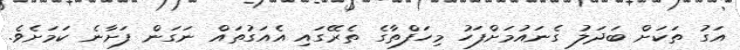
އަގު ތަކަށް ބަދަލު ގެނައުމަށްފަހު މިހަފްތާގެ ތެރޭގައި އެއަގުތައް ނަގަން ފަށާނެ ކަމަށެވެ.